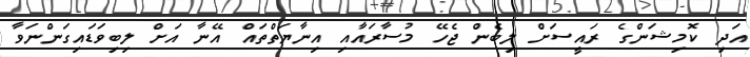
އަދި ކޮމިޝަންގެ ރައީސަށް ލިބެން ޖެހޭ މުސާރައާއި އިނާޔަތްތައް އޭނާ އަށް ލިބިވަޑައިގަންނަވާ